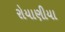
રોયાણીયા